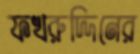
ফখরুদ্দিনের